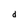
Character: d